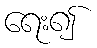
ရေး၍